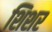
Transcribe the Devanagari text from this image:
शिशर